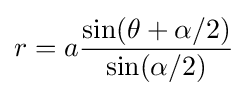
r=a{\frac {\sin(\theta +\alpha /2)}{\sin(\alpha /2)}}